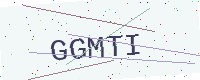
Text: GGMTI